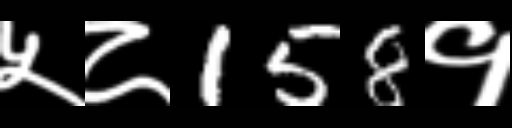
Text: ५८158१